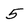
Character: 5